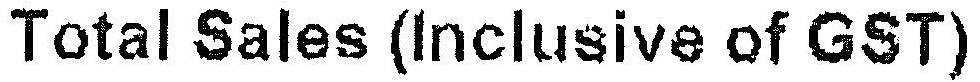
TOTAL SALES (INCLUSIVE OF GST)